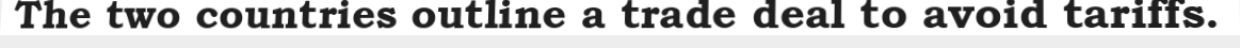
The two countries outline a trade deal to avoid tariffs.